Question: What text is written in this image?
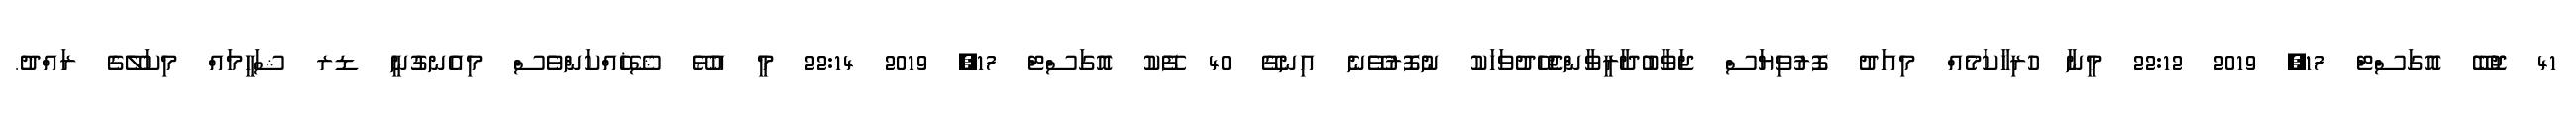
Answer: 41 ޖޮބޭ އޮގަސްޓް 17, 2019 22:12 މީނާ ހުރިހާކަމެއް މިއަދު ފޮރުވިޔަސް ޖަވާބުދާރީވާންޖެހޭދުވަހަކު ނުފޮރުވޭނެ އިނގޭ 40 ފޭކު އޮގަސްޓް 17, 2019 22:14 މީ އުޅޭ ޝޭޚެއްކަންވެސް މިއެނގުނީ ޑރ ޝަހީމައް މިކަލޭގެ ރައްދު.